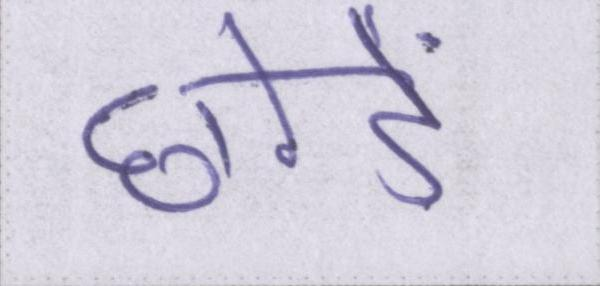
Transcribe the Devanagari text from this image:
छोडें